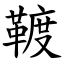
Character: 䩲